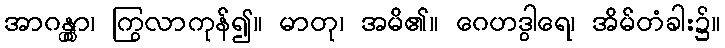
အာဂန္တွာ၊ ကြွလာကုန်၍။ မာတု၊ အမိ၏။ ဂေဟဒွါရေ၊ အိမ်တံခါး၌။